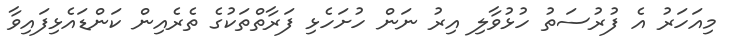
މިއަހަރު އެ ފުރުސަތު ހުޅުވާލި އިރު ނަން ހުށަހެޅި ފަރާތްތަކުގެ ތެރެއިން ކަންޑައެޅިފައިވާ